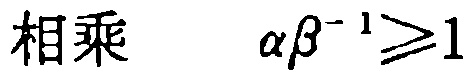
相乘 $\alpha\beta^{-1}\geqslant1$